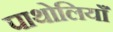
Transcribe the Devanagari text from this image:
पाथोलियाँ